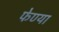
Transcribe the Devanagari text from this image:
फेण्या